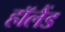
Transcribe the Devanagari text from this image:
हाॅलैंड